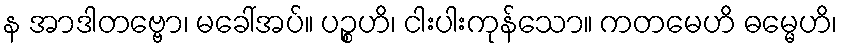
န အာဒါတဗ္ဗော၊ မခေါ်အပ်။ ပဉ္စဟိ၊ ငါးပါးကုန်သော။ ကတမေဟိ ဓမ္မေဟိ၊